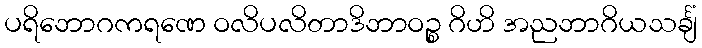
ပရိဘောဂကရဏေ ဝလိပလိတာဒိဘာဝဉ္စ ဂိဟိ အညဘာဂိယသင်္ချံ